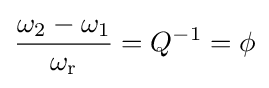
{\frac {\omega _{2}-\omega _{1}}{\omega _{\text{r}}}}=Q^{-1}=\phi